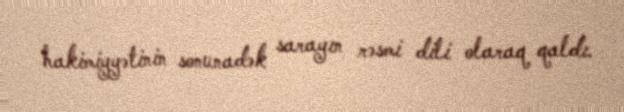
hakimiyyətinin sonunadək sarayın rəsmi dili olaraq qaldı.